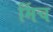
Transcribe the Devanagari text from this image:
र्मिच